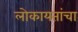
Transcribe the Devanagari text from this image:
लोकायतांचा